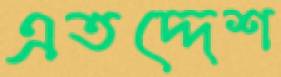
এতদ্দেশ